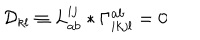
LaTeX: { \cal D } _ { k l } \equiv L _ { a b } ^ { i j } * \Gamma _ { i k j l } ^ { a b } = 0